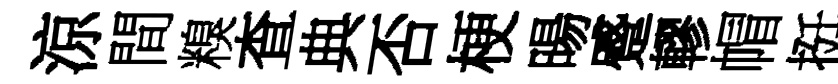
涼間糗查典否梗暘蹙轇帽挺